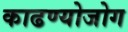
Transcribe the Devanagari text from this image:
काढण्योजोग